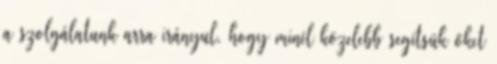
a szolgálatunk arra irányul, hogy minél közelebb segítsük őket